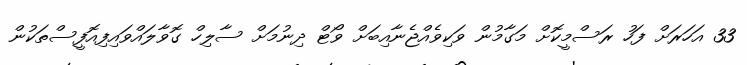
33 އަހަރަށް ފަހު ރަސްމީކޮށް މަގާމުން ވަކިވެއްޖެނާއިބަށް ވޯޓް ދިނުމަށް ސާލިހް ގޮވާލައްވައިފިއޮފީސްތަކުން